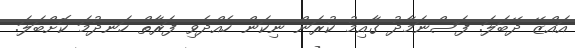
އައްޒޭ ދޭބަލަ. ފަސްނަމާދު ގާއިމު ކުރަން ނިކަން ހެއްދެވި ފަރާތް ހަނދުމަ ކޮށްބަލަ.